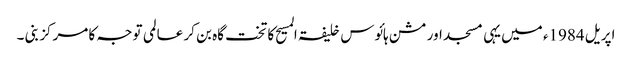
اپریل 1984ء میں یہی مسجد اور مشن ہائوس خلیفۃ المسیح کا تخت گاہ بن کر عالمی توجہ کا مرکز بنی ۔